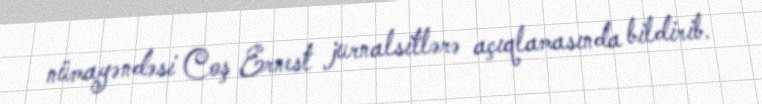
nümayəndəsi Coş Ernest jurnalsitlərə açıqlamasında bildirib.